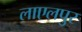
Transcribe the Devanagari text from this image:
लाएलपुर